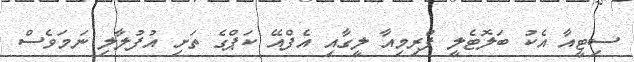
ސިޓީއާ އެކު ބަލޮޓެލީ ޕްރިމިއާ ލީގާއި އެފްއޭ ކަޕްގެ ތަށި އުފުލާލި ނަމަވެސް